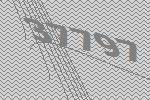
37797